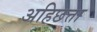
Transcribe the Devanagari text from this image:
अहिछत्ता